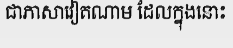
ជាភាសាវៀតណាម ដែលក្នុងនោះ